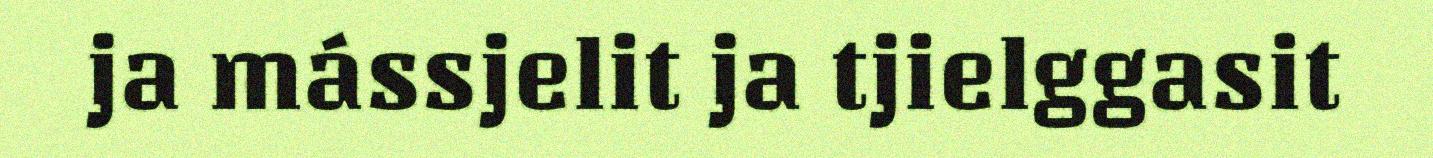
ja mássjelit ja tjielggasit